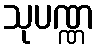
သုပဏ္ဏ